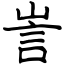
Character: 訔